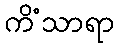
ကိံသာရာ